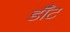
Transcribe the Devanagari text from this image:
डॉँट